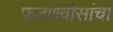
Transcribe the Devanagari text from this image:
फडणवीसांचा